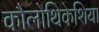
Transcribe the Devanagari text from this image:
कौलोथिकेशिया